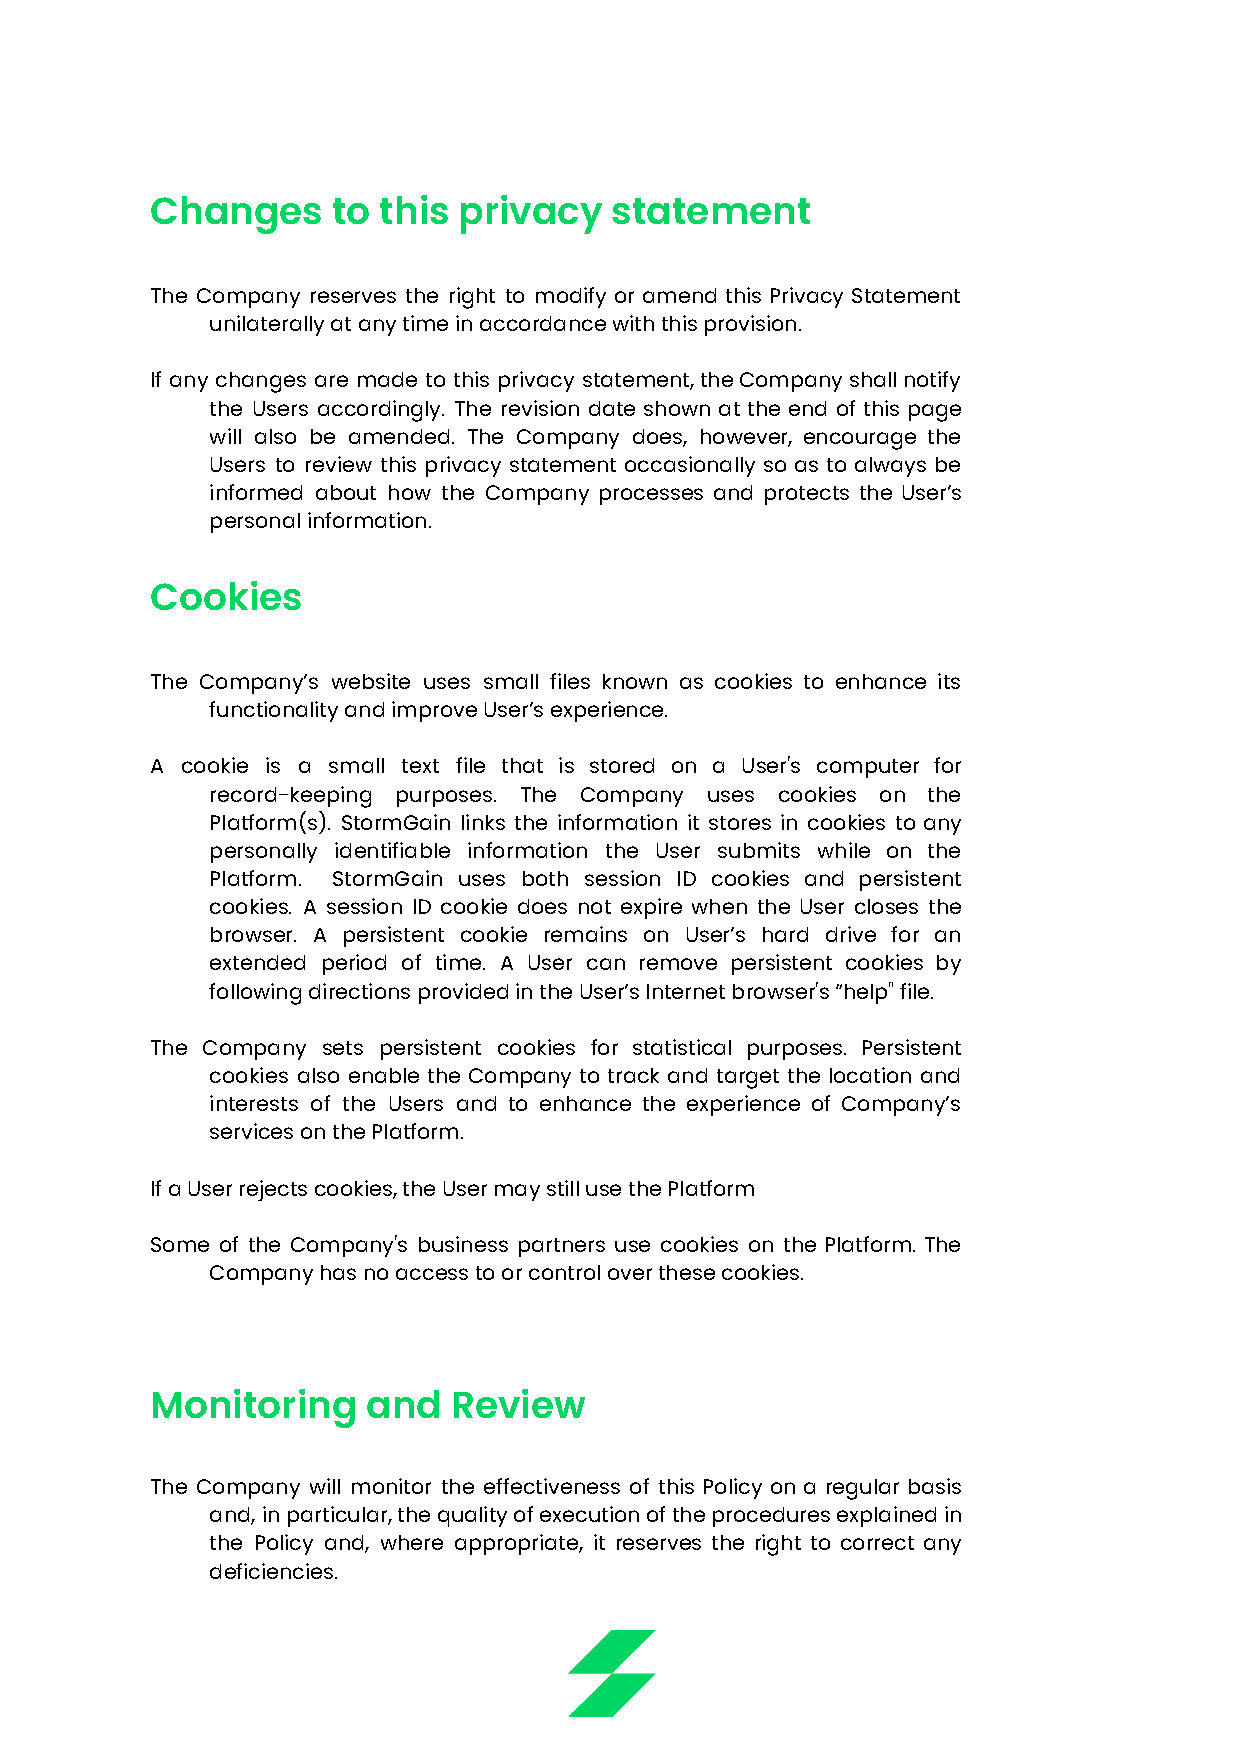
Changes     to this privacy   statement
 The Company reserves the right to modify or amend this Privacy Statement
 unilaterally at any time in accordance with this provision.
 If any changes are made to this privacy statement,theCompanyshallnotify
 the Users accordingly. The revision date shown at the end of this page
 will also be amended. The Company does, however, encourage the
 Users to review this privacy statement occasionally so as to always be
 informed about how the Company processes and protects the User’s
 personal information.
 Cookies
 The Company’s website uses small files known as cookies to enhance its
 functionality and improve User’s experience.
 A cookie is a small text file that is stored on a User's computer for
 record-keeping purposes. The Company uses cookies on the
 Platform(s). StormGain links the information it stores in cookies to any
 personally identifiable information the User submits while on the
 Platform. StormGain uses both session ID cookies and persistent
 cookies. A session ID cookie does not expire when the User closes the
 browser. A persistent cookie remains on User’s hard drive for an
 extended period of time. A User can remove persistent cookies by
 following directions provided in the User’s Internet browser's “help" file.
 The Company sets persistent cookies for statistical purposes. Persistent
 cookies also enable the Company to track and target the location and
 interests of the Users and to enhance the experience of Company’s
 services on the Platform.
 If a User rejects cookies, the User may still use the Platform
 Some of the Company's business partners use cookies on the Platform. The
 Company has no access to or control over these cookies.
 Monitoring    and   Review
 The Company will monitor the effectiveness of this Policy on a regular basis
 and, inparticular,thequalityofexecutionoftheproceduresexplainedin
 the Policy and, where appropriate, it reserves the right to correct any
 deficiencies.